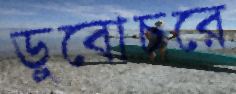
ডুবোচরে